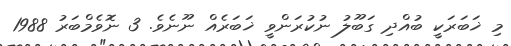
މި ޚަބަރަކީ ބުއްދި ގަބޫލު ނުކުރަންވީ ޚަބަރެއް ނޫނެވެ. 3 ނޮވެމްބަރު 1988